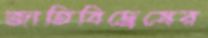
জাতিবিদ্বেষের